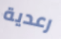
رعدية